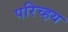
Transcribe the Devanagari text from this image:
परिच्हय